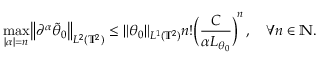
\operatorname* { m a x } _ { | { \boldsymbol { \alpha } } | = n } \bigl \| \partial ^ { \boldsymbol { \alpha } } \tilde { \theta } _ { 0 } \bigr \| _ { L ^ { 2 } ( \ensuremath { \mathbb { T } } ^ { 2 } ) } \leq \| \theta _ { 0 } \| _ { L ^ { 1 } ( \ensuremath { \mathbb { T } } ^ { 2 } ) } n ! \biggl ( \frac { C } { \alpha L _ { \theta _ { 0 } } } \biggr ) ^ { \! n } \, , \quad \forall n \in \ensuremath { \mathbb { N } } .